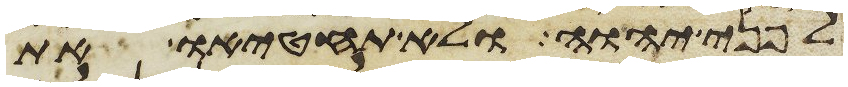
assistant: לפני יהוה ולא תחטיאו את